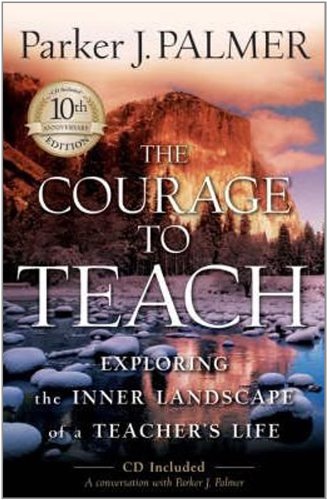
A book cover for The Courage to Teach: Exploring the Inner Landscape of a Teacher's Life,  10th Anniversary Edition; Parker J. Palmer; Education & Teaching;